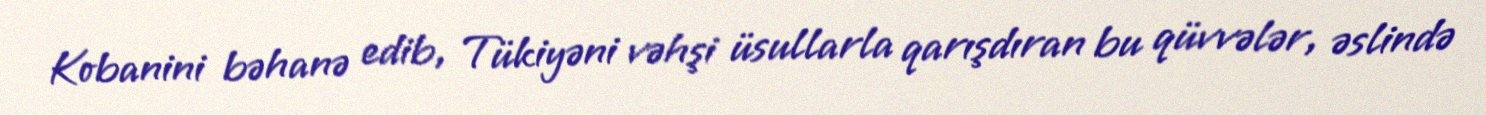
Kobanini bəhanə edib, Tükiyəni vəhşi üsullarla qarışdıran bu qüvvələr, əslində